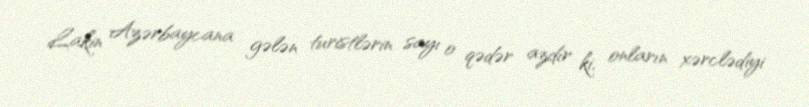
Lakin Azərbaycana gələn turistlərin sayı o qədər azdır ki, onların xərclədiyi